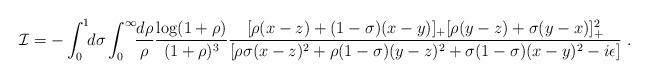
LaTeX: \begin{align*}{\cal I}=-\int_0^1\!\! d\sigma\int_0^\infty \!\!{d\rho\over\rho}{\log(1+\rho)\over(1+\rho)^3}{[\rho(x-z) +(1-\sigma)(x-y)]_+[\rho (y-z) +\sigma (y-x)]_+^2\over [\rho\sigma (x-z)^2 +\rho(1-\sigma )(y-z)^2 +\sigma(1-\sigma) (x-y)^2-i\epsilon]}\ .\end{align*}